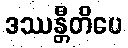
ဒဿန္တီတိပေ